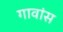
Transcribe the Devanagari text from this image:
गावांस